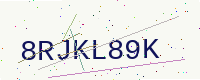
Text: 8RJKL89K